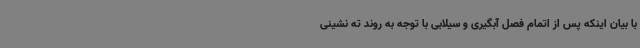
با بیان اینکه پس از اتمام فصل آبگیری و سیلابی با توجه به روند ته نشینی